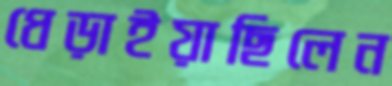
ধেড়াইয়াছিলেন